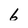
Character: 6